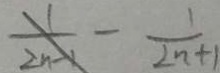
\frac { 1 } { 2 n - 1 } - \frac { 1 } { 2 n + 1 }